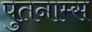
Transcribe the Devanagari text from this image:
पुतनाम्स